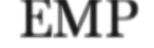
EMP